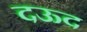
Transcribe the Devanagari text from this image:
दऊद